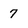
Character: 7